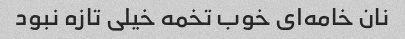
نان خامه‌ای خوب تخمه خیلی تازه نبود